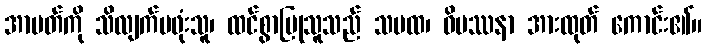
အာပတ်ကို သိလျက်မဖုံးသူ၊ ထင်စွာပြုသူသည် သမထ၊ ဝိပဿနာ အားထုတ် ကောင်း၏။